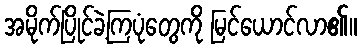
အမိုက်ပြိုင်ခဲ့ကြပုံတွေကို မြင်ယောင်လာ၏။